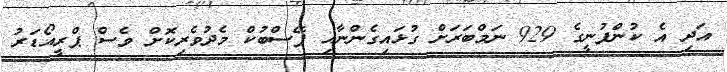
އަދި އެ ކުންފުނީގެ 929 ނަމްބަރަށް ގުޅައިގެންނާއި ފޭސްބުކް މެދުވެރިކޮށް ވެސް ޕްރީއޯޑަރު